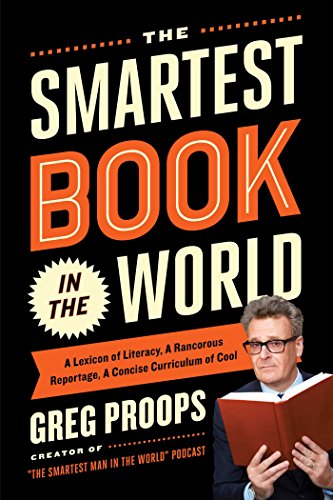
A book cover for The Smartest Book in the World: A Lexicon of Literacy, A Rancorous Reportage, A Concise Curriculum of Cool; Greg Proops; Humor & Entertainment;